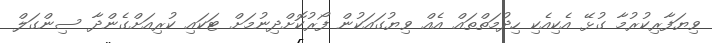
ވިޔަފާރިކުރުމާ ގުޅޭ އެކިއެކި ހިދުމަތްތައް އެއް ވިޔުގައަކުން ފޯރުކޮށްދިނުމަށް ޓަކައި ކުރިއަށްގެންދާ ސިންގަލް